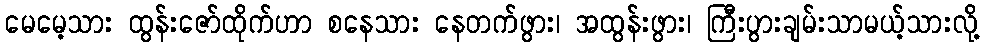
မေမေ့သား ထွန်းဇော်ထိုက်ဟာ စနေသား နေတက်ဖွား၊ အထွန်းဖွား၊ ကြီးပွားချမ်းသာမယ့်သားလို့